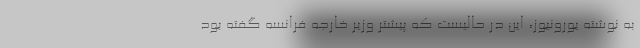
به نوشته یورونیوز، این در حالیست که پیشتر وزیر خارجه فرانسه گفته بود